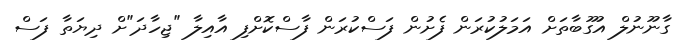
ގާނޫނުލް އުގޫބާތަށް އަމަލުކުރަން ފެށުން ފަސްކުރަން ފާސްކޮށްފި އާއިލާ "ޖިހާދަ"ށް ދިޔަތާ ފަސް